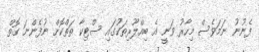
ފެނުނު ނަމަވެސް މިހާރު ވަނީ އެ ބިއްލޫރިތަކުގައި ސްޓިކާ ތަތްކޮށް ނުފެންނަ ގޮތް